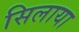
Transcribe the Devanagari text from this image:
सिलाया